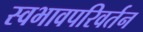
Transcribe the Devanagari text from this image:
स्वभावपरिवर्तन